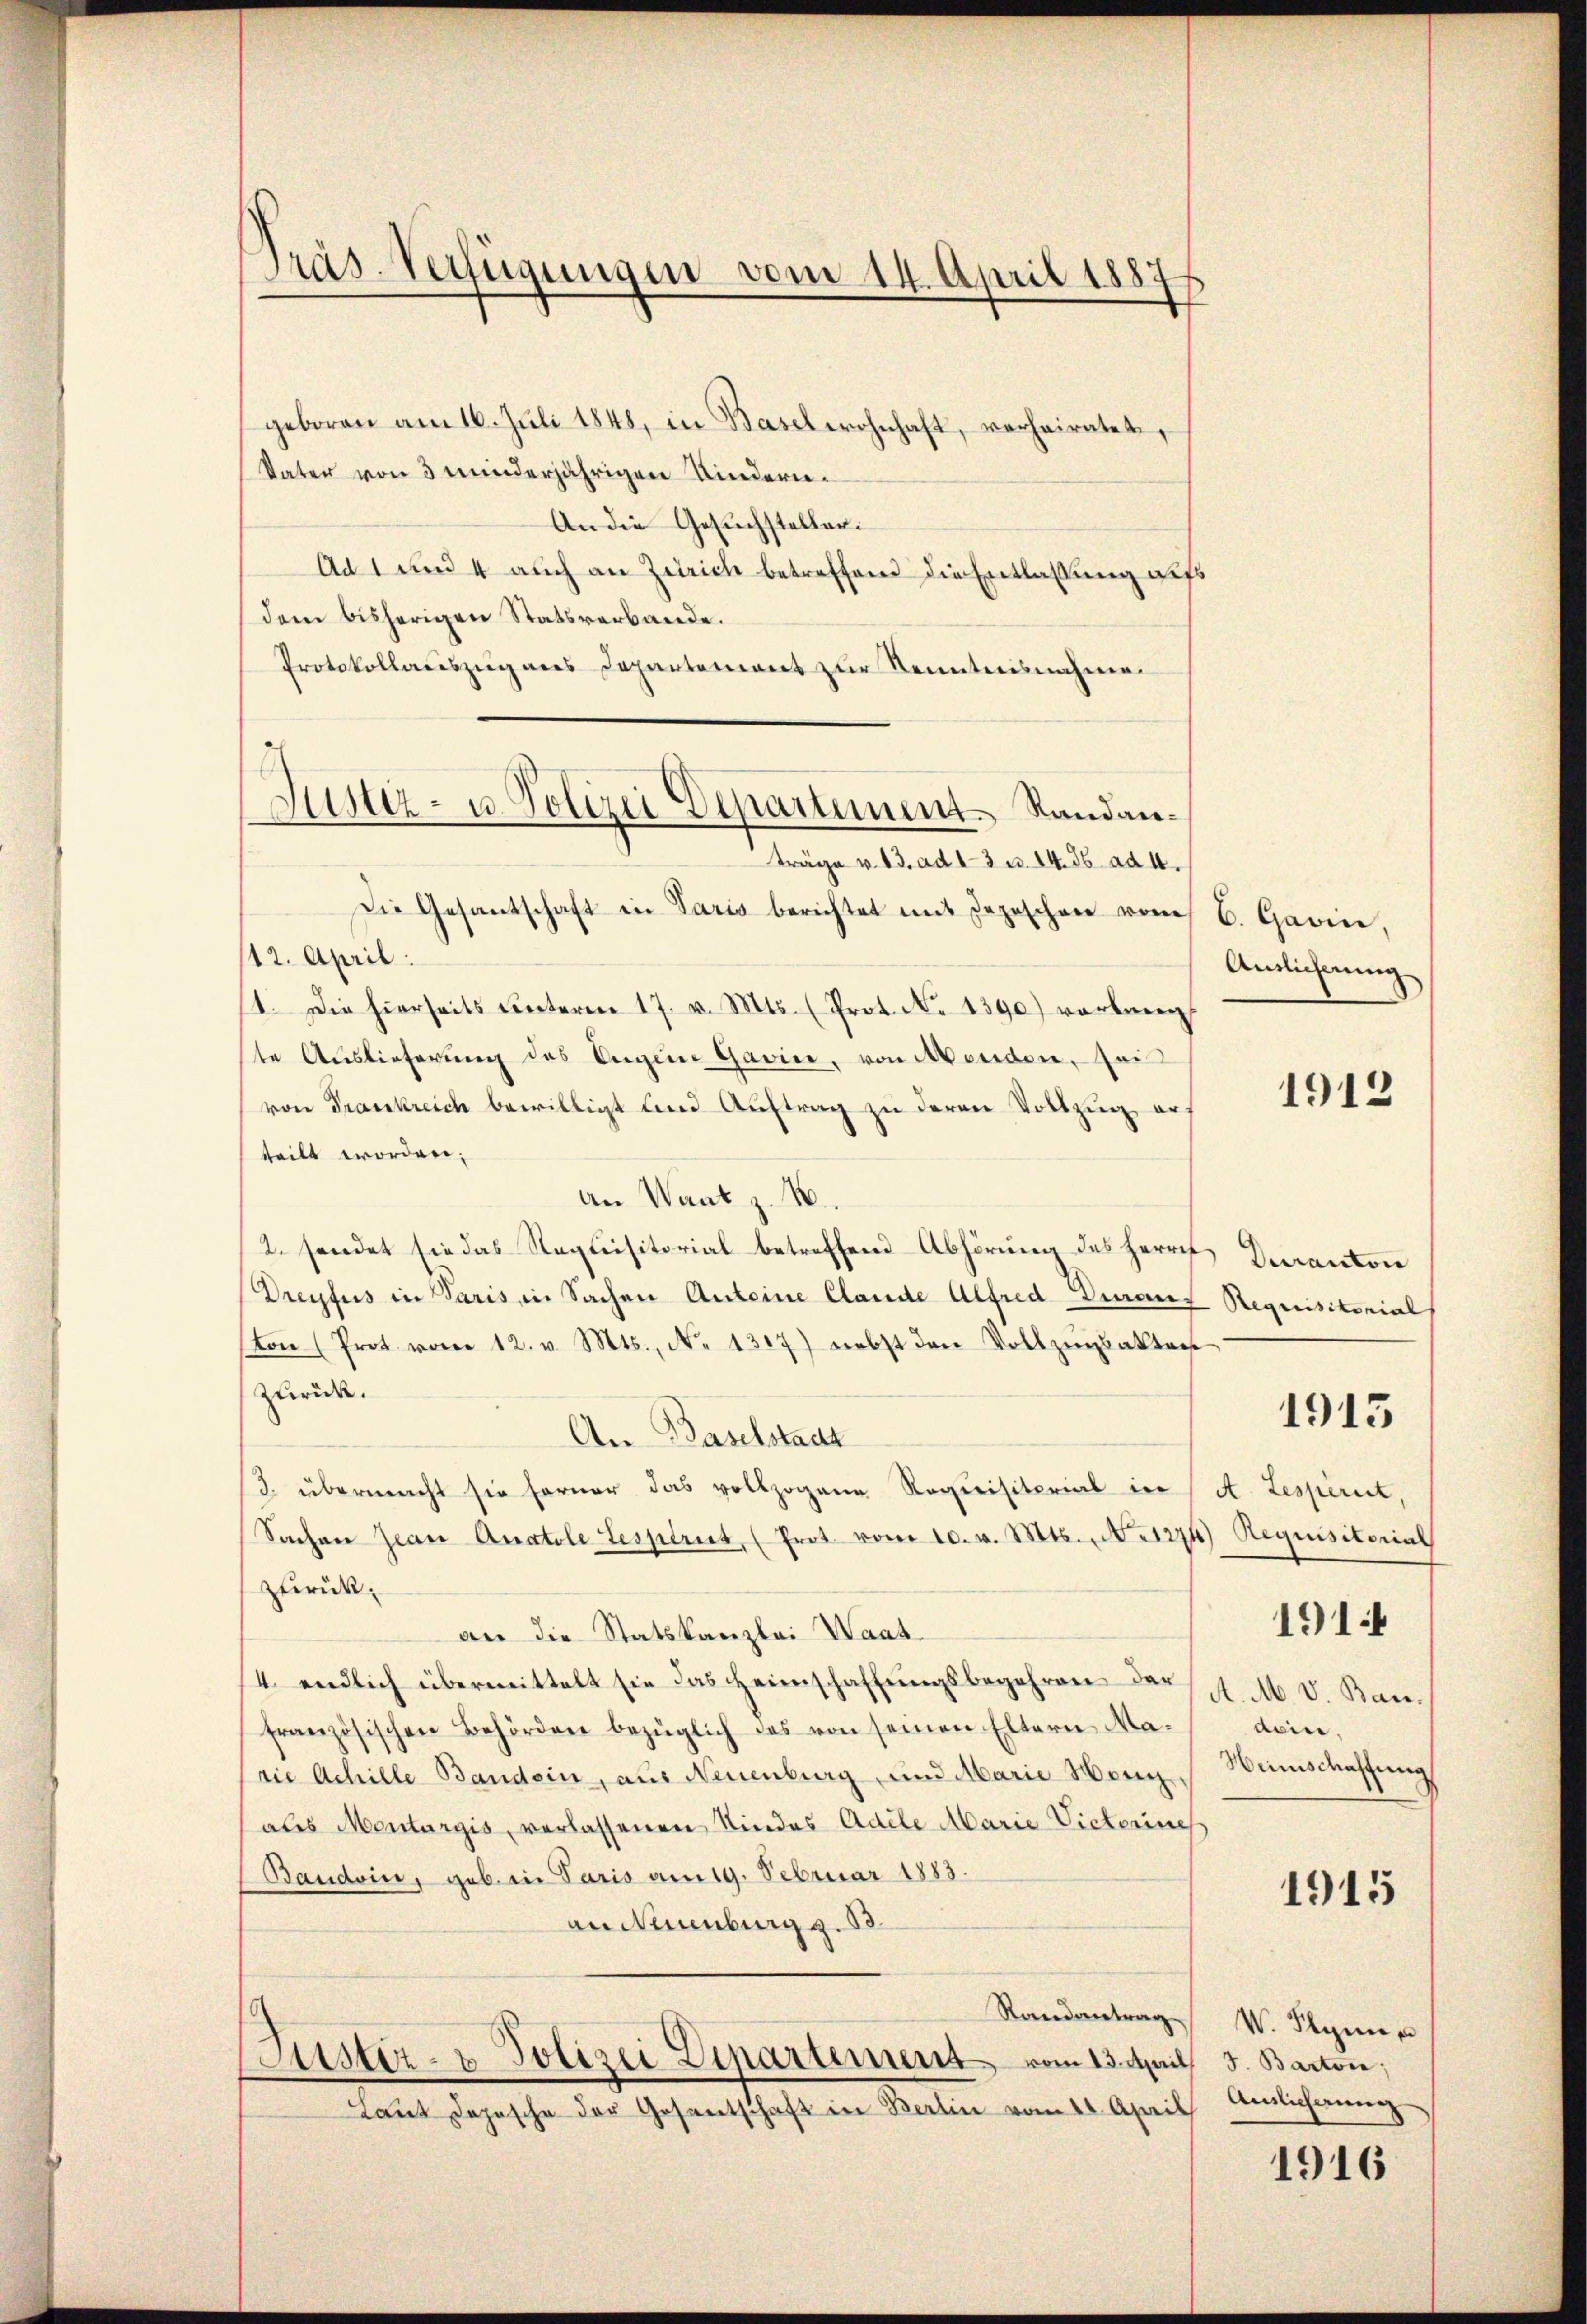
Präs. Verfügungen vom 14. April 188

geboren am 16. Jŭli 1848, in Basel wohnhaft, verheiratet,
Vater von 3 minderjährigen Kindern¬
An die Gesuchsteller.
Ad 1 und 4 auch an Zürich betreffend die Entlassung aufs
dem bisherigen Statsverbande.
Protokolladeszug aus Departement zur Kenntnisnahme
Die Gesantschaft in Paris berichtet mit Depeschen vom
112. April:
1. Die hierseits ŭnterm 17. v. Mts. (Prot. No 1390) verbaren
ste Auslieferung des Augene Gavice, von Morden, sois
von Frankreich bewilligt und Auftrag zu deren Vollzug auf
teilt worden;
An Waat z. B.
2. sendet sie das Requisitorial betreffend Abhörung des Herr
Dreyfus in Paris, in Sachen Antoine Claude Alfred Diaus
on (Prot vom 12. v. Mts., No 1317) nebst den Vollzŭgsakter
zurück.
An Baselstadt
J. übermacht sie ferner das vollzogene Requisitorial in
Sachen Jean Quatole tesperiet, (Prot. vom 10. v. Mts. No 1274
zurück.
an die Statskanzlei Waat.
4. endlich übermittelt sie das Heimschaffŭngsbegehren der
französischen Behörden bezüglich das von seinen Eltern Madie Achille Bandein, aus Neuenburg, und Marie Hengaus Montargis, verlassenen Kindes Adele Marie Victorines
Baudoin, geb. in Paris am 19. Februar 1883.
an Neuenburg g
Randantrag
Astiz- & Polizei Departement vom 13. April
Laut Depesche der Gesantschaft in Berlin vom 10. April

Justiz- u. Polizei Departement Randan¬

träge v. 13. ad 13 u. 14. 36. ad 4.

b. Gawin,
Amlichnung

1912

Deranton
Requisitorial

1913

A. Lesperit,
Requisitorial
A. M. V. Ban.
doin.
Weinschaffung

191

1915

V. Symp
J. Barton;
Aislicherung

1916